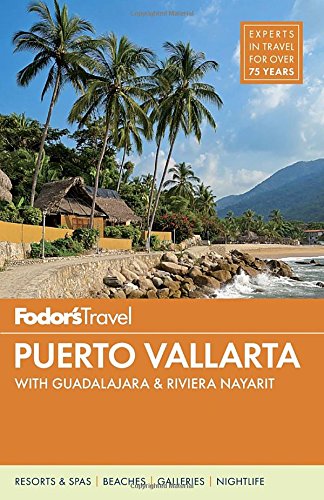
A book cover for Fodor's Puerto Vallarta: with Guadalajara & Riviera Nayarit (Full-color Travel Guide); Fodor's; Travel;